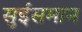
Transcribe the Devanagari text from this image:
सुईसमान